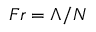
F r = \Lambda / N